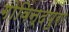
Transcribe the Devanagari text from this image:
गोविन्दपुरा